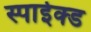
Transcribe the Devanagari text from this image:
स्पाईक्ड